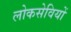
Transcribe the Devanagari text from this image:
लोकसेवियों